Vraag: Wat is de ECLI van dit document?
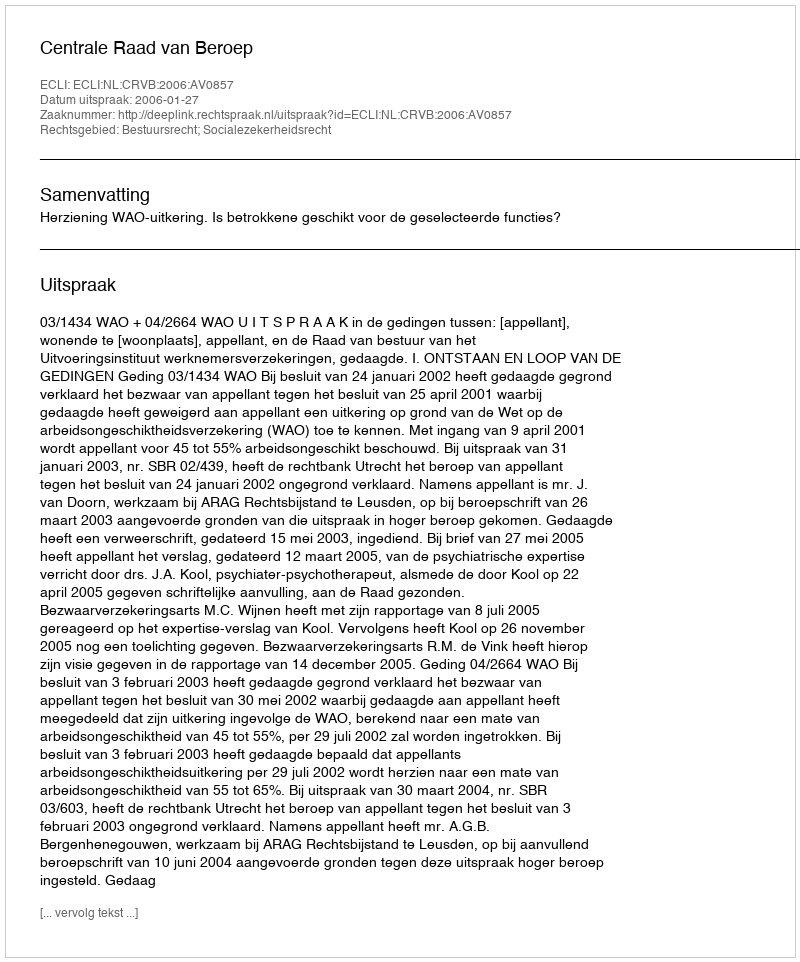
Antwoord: ECLI:NL:CRVB:2006:AV0857